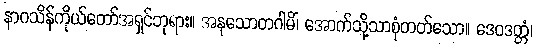
နာဂသိန်ကိုယ်တော်အရှင်ဘုရား။ အနုသောတဂါမိံ၊ အောက်သို့သာစုံတတ်သော။ ဒေဝဒတ္တံ၊